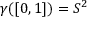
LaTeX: \gamma ( [ 0 , 1 ] ) = S ^ { 2 }